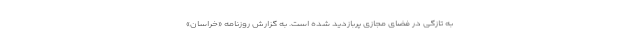
به تازگی در فضای مجازی پربازدید شده است. به گزارش روزنامه «خراسان»